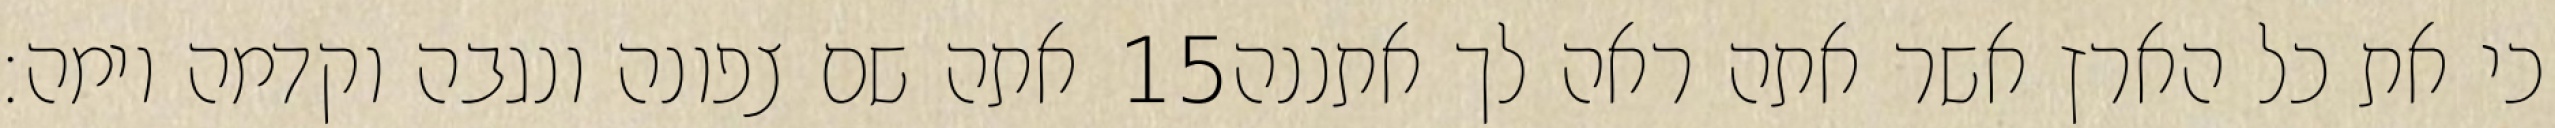
אתה שם צפונה ונגבה וקדמה וימה׃ ‎15‏ כי את כל הארץ אשר אתה ראה לך אתננה